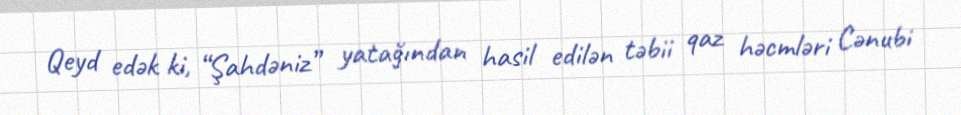
Qeyd edək ki, “Şahdəniz” yatağından hasil edilən təbii qaz həcmləri Cənubi